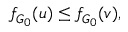
f _ { G _ { 0 } } ( u ) \le f _ { G _ { 0 } } ( v ) ,